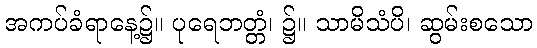
အကပ်ခံရာနေ့၌။ ပုရေဘတ္တံ၊ ၌။ သာမိသံပိ၊ ဆွမ်းစသော